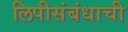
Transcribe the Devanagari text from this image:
लिपीसंबंधाची